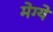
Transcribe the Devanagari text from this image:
मेग्ये